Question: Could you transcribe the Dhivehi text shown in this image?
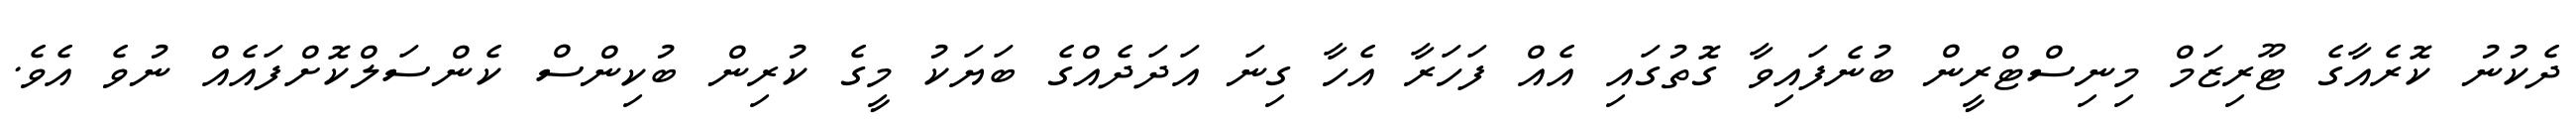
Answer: ދެކުނު ކޮރެއާގެ ޓޫރިޒަމް މިނިސްޓްރީން ބުނެފައިވާ ގޮތުގައި އެއް ފަހަރާ އެހާ ގިނަ އަދަދެއްގެ ބަޔަކު މީގެ ކުރިން ބުކިންސް ކެންސަލްކޮށްފައެއް ނުވެ އެވެ.